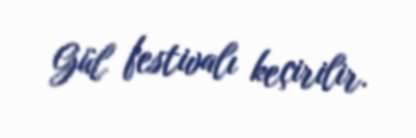
Gül festivalı keçirilir.